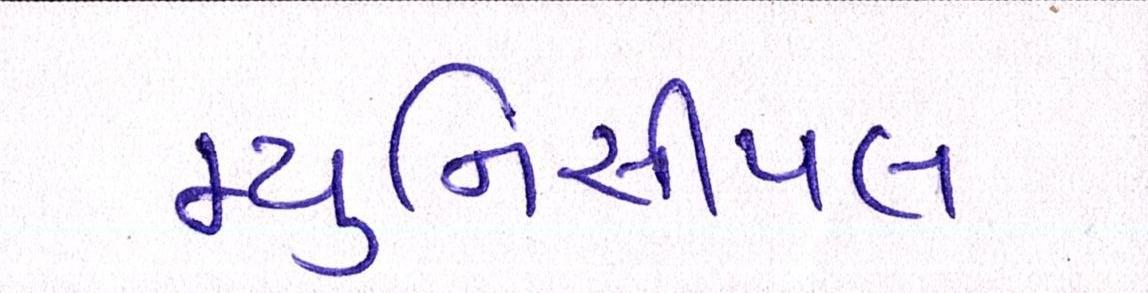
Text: મ્યુનિસીપલ